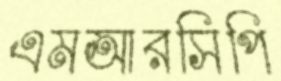
এমআরসিপি